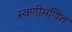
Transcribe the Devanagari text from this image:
स्वणीमण्रित